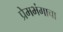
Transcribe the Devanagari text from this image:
प्रेमभंगाचा